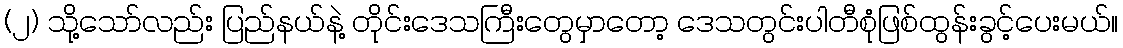
(၂) သို့သော်လည်း ပြည်နယ်နဲ့ တိုင်းဒေသကြီးတွေမှာတော့ ဒေသတွင်းပါတီစုံဖြစ်ထွန်းခွင့်ပေးမယ်။